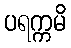
ပရက္ကမိ